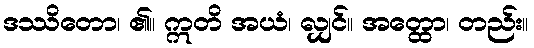
ဒဿိတော၊ ၏။ ဣတိ အယံ၊ လျှင်။ အတ္ထော၊ တည်း။